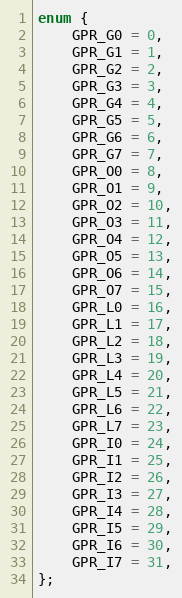
Language: C
enum {
	GPR_G0 = 0,
	GPR_G1 = 1,
	GPR_G2 = 2,
	GPR_G3 = 3,
	GPR_G4 = 4,
	GPR_G5 = 5,
	GPR_G6 = 6,
	GPR_G7 = 7,
	GPR_O0 = 8,
	GPR_O1 = 9,
	GPR_O2 = 10,
	GPR_O3 = 11,
	GPR_O4 = 12,
	GPR_O5 = 13,
	GPR_O6 = 14,
	GPR_O7 = 15,
	GPR_L0 = 16,
	GPR_L1 = 17,
	GPR_L2 = 18,
	GPR_L3 = 19,
	GPR_L4 = 20,
	GPR_L5 = 21,
	GPR_L6 = 22,
	GPR_L7 = 23,
	GPR_I0 = 24,
	GPR_I1 = 25,
	GPR_I2 = 26,
	GPR_I3 = 27,
	GPR_I4 = 28,
	GPR_I5 = 29,
	GPR_I6 = 30,
	GPR_I7 = 31,
};